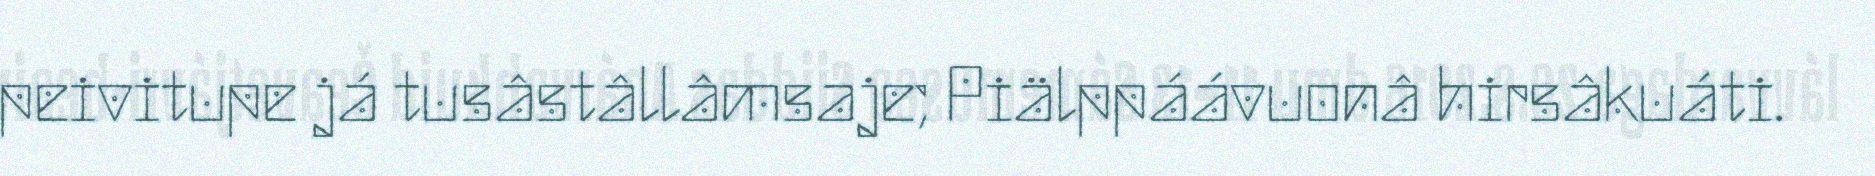
peivitupe já tusâstâllâmsaje; Piälppáávuonâ hirsâkuáti.